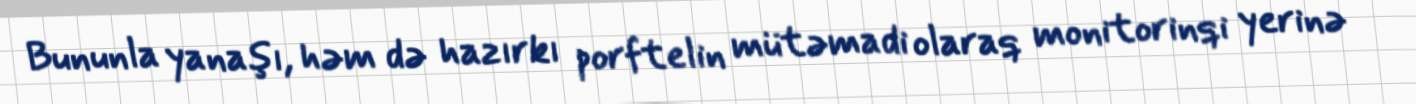
Bununla yanaşı, həm də hazırkı porftelin mütəmadi olaraq monitorinqi yerinə